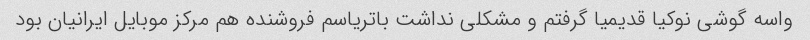
واسه گوشی نوکیا قدیمیا گرفتم و مشکلی نداشت باتریاسم فروشنده هم مرکز موبایل ایرانیان بود